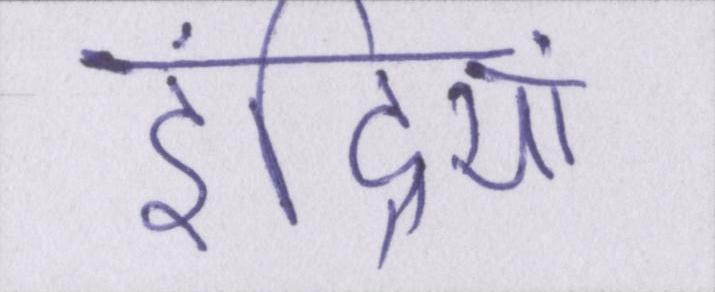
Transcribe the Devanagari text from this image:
इंद्रियां